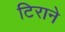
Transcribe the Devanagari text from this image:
टिराने